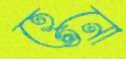
হেনো